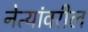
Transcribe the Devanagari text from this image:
नेत्यांवरील